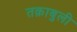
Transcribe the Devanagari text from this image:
तक़ाबुली